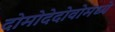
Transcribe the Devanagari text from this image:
दोमोदेदोवोमध्ये